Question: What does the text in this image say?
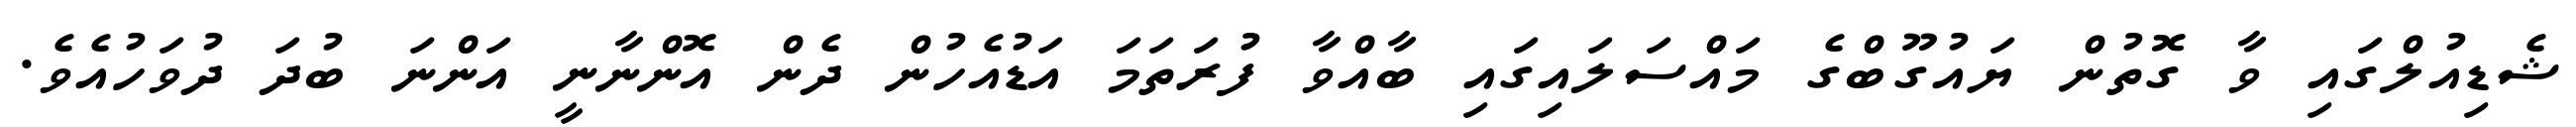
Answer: ޝެޑިއުލްގައި ވާ ގޮތުން ޔައުގޫބްގެ މައްސަލައިގައި ބާއްވާ ފުރަތަމަ އަޑުއެހުން ދެން އޮންނާނީ އަންނަ ބުދަ ދުވަހުއެވެ.